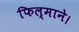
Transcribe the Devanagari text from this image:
फिल्माने।